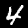
Label: 4